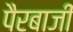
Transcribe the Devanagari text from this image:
पैरबाजी